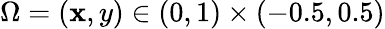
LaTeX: \Omega=(\mathbf{x},y)\in(0,1)\times(-0.5,0.5)